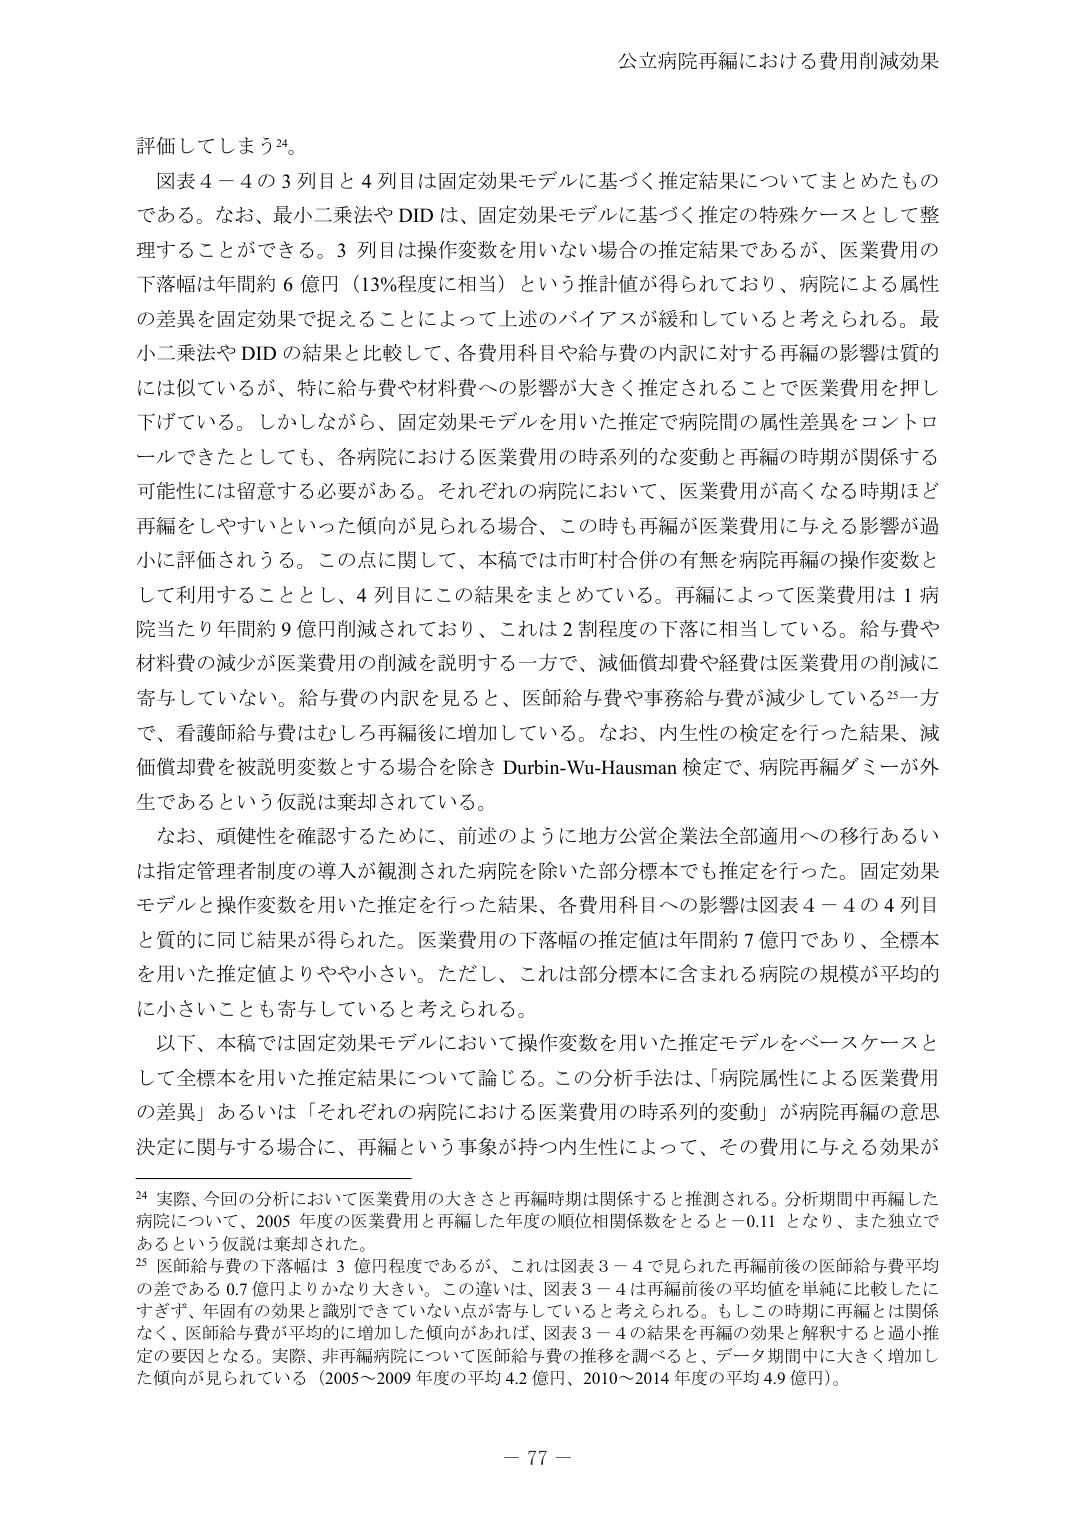
公立病院再編における費用削減効果

評価してしまう24。

図表4－4の3列目と4列目は固定効果モデルに基づく推定結果についてまとめたものである。なお、最小二乗法やDIDは、固定効果モデルに基づく推定の特殊ケースとして整理することができる。3列目は操作変数を用いない場合の推定結果であるが、医業費用の下落幅は年間約6億円（13％程度に相当）という推計値が得られており、病院による属性の差異を固定効果で捉えることによって上述のバイアスが緩和していると考えられる。最小二乗法やDIDの結果と比較して、各費用科目や給与費の内訳に対する再編の影響は質的には似ているが、特に給与費や材料費への影響が大きく推定されることで医業費用を押し下げている。しかしながら、固定効果モデルを用いた推定で病院間の属性差異をコントロールできたとしても、各病院における医業費用の時系列的な変動と再編の時期が関係する可能性には留意する必要がある。それぞれの病院において、医業費用が高くなる時期ほど再編をしやすいといった傾向が見られる場合、この時も再編が医業費用に与える影響が過小に評価されうる。この点に関して、本稿では市町村合併の有無を病院再編の操作変数として利用することとし、4列目にこの結果をまとめている。再編によって医業費用は1病院当たり年間約9億円削減されており、これは2割程度の下落に相当している。給与費や材料費の減少が医業費用の削減を説明する一方で、減価償却費や経費は医業費用の削減に寄与していない。給与費の内訳を見ると、医師給与費や事務給与費が減少している25一方で、看護師給与費はむしろ再編後に増加している。なお、内生性の検定を行った結果、減価償却費を被説明変数とする場合を除きDurbin-Wu-Hausman検定で、病院再編ダミーが外生であるという仮説は棄却されている。

なお、頑健性を確認するために、前述のように地方公営企業法全部適用への移行あるいは指定管理者制度の導入が観測された病院を除いた部分標本でも推定を行った。固定効果モデルと操作変数を用いた推定を行った結果、各費用科目への影響は図表4－4の4列目と質的に同じ結果が得られた。医業費用の下落幅の推定値は年間約7億円であり、全標本を用いた推定値よりやや小さい。ただし、これは部分標本に含まれる病院の規模が平均的に小さいことも寄与していると考えられる。

以下、本稿では固定効果モデルにおいて操作変数を用いた推定モデルをベースケースとして全標本を用いた推定結果について論じる。この分析手法は、「病院属性による医業費用の差異」あるいは「それぞれの病院における医業費用の時系列的変動」が病院再編の意思決定に関与する場合に、再編という事象が持つ内生性によって、その費用に与える効果が

24 実際、今回の分析において医業費用の大きさと再編時期が関係すると推測される。分析期間中再編した病院について、2005年度の医業費用と再編した年度の順位相関係数をとると－0.11となり、また独立であるという仮説は棄却された。

25 医師給与費の下落幅は3億円程度であるが、これは図表3－4で見られた再編前後の医師給与費平均の差である0.7億円よりかなり大きい。この違いは、図表3－4は再編前後の平均値を単純に比較したにすぎず、年固有的効果と識別できていない点が寄与していると考えられる。もしこの時期に再編とは関係なく、医師給与費が平均的に増加した傾向があれば、図表3－4の結果を再編の効果と解釈すると過小推定の要因となる。実際、非再編病院について医師給与費の推移を調べると、データ期間中に大きく増加した傾向が見られている（2005～2009年度の平均4.2億円、2010～2014年度の平均4.9億円）。

－ 77 －